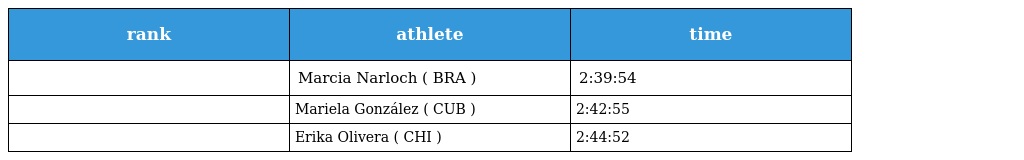
| rank | athlete | time |
 | --- | --- | --- |
 |  | Marcia Narloch ( BRA ) | 2:39:54 |
 |  | Mariela González ( CUB ) | 2:42:55 |
 |  | Erika Olivera ( CHI ) | 2:44:52 |